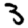
Digit: 3